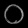
Digit: ၀